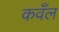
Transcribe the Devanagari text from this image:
कवँल